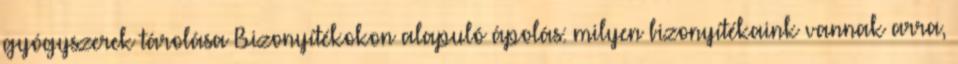
gyógyszerek tárolása Bizonyítékokon alapuló ápolás: milyen bizonyítékaink vannak arra,